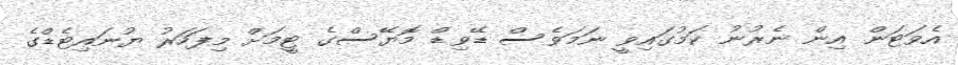
އެވަޓަން އިން ނެރުނު ކަމުގައިވީ ނަމަވެސް ޑޭވިޑް މޮޔޭސްގެ ޓީމަށް މިފަހަރު ޔުނައިޓެޑްގެ